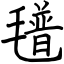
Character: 氆